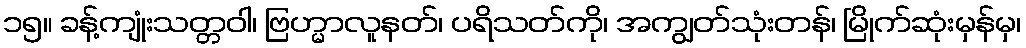
၁၅။ ခန့်ကျုံးသတ္တဝါ၊ ဗြဟ္မာလူနတ်၊ ပရိသတ်ကို၊ အကျွတ်သုံးတန်၊ မြိုက်ဆုံးမှန်မှ၊